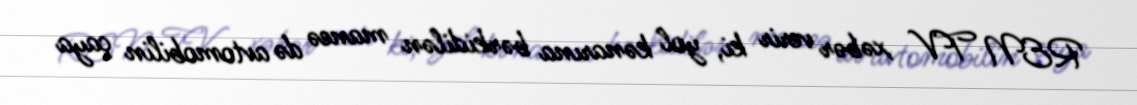
REN TV xəbər verir ki, yol kənarına bərkidilən maneə də avtomobilin çaya